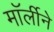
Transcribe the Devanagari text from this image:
मॉर्लीने